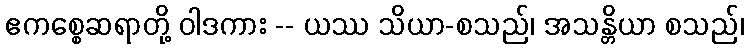
ဧကစ္စေဆရာတို့ ဝါဒကား -- ယဿ သိယာ-စသည်၊ အသန္တိယာ စသည်၊